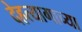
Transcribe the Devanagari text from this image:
देहत्यागाच्या